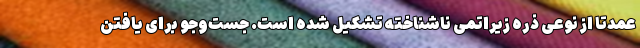
عمدتا از نوعی ذره زیراتمی ناشناخته تشکیل شده‌ است. جست‌وجو برای یافتن